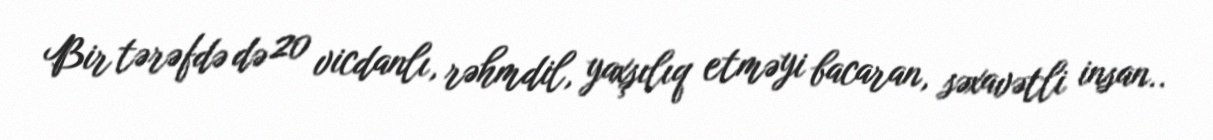
Bir tərəfdə də 20 vicdanlı, rəhmdil, yaxşılıq etməyi bacaran, səxavətli insan..